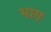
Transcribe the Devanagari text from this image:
भाग़